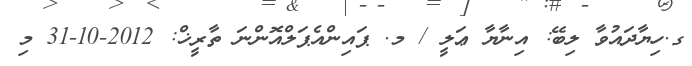
ގ.ހިޔާދައުވާ ލިބޭ: އިނާޔާ ޢަލީ / މ. ޕައިންއެޕަލްއޮންނަ ތާރީޚް: 2012-10-31 މި